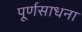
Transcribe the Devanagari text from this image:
पूर्णसाधना